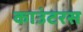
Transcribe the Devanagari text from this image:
काउंटरस